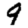
Digit: 9